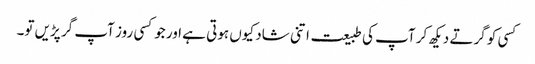
کسی کو گرتے دیکھ کر آپ کی طبیعت اتنی شاد کیوں ہوتی ہے اور جوکسی روز آپ گر پڑیں تو۔